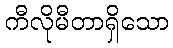
ကီလိုမီတာရှိသော